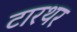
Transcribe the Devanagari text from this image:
टारथर